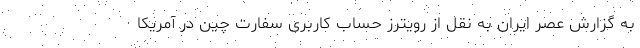
به گزارش عصر ایران به نقل از رویترز حساب کاربری سفارت چین در آمریکا